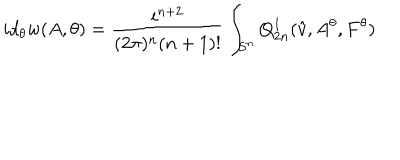
i d _ { \theta } w ( A , \theta ) = \frac { i ^ { n + 2 } } { ( 2 \pi ) ^ { n } ( n + 1 ) ! } \int _ { S ^ { n } } Q _ { 2 n } ^ { 1 } ( \hat { v } , A ^ { \theta } , F ^ { \theta } )